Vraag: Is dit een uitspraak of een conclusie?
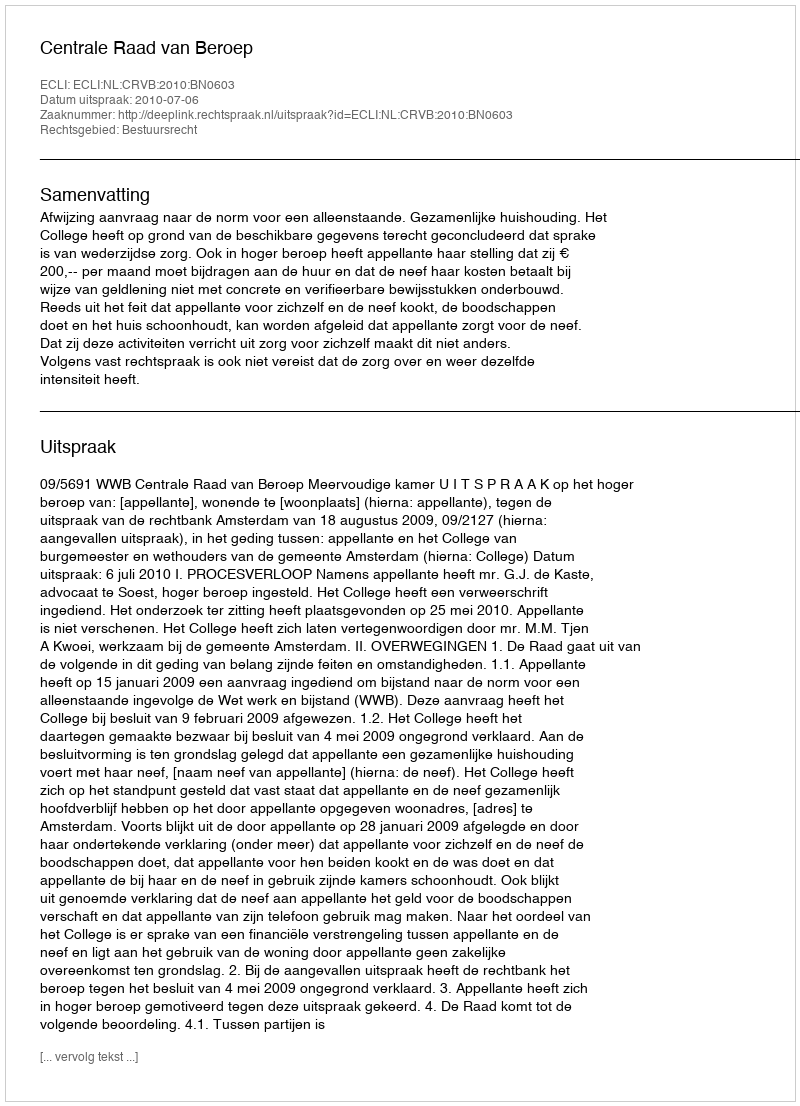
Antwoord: Uitspraak